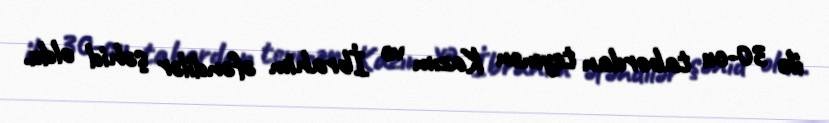
ilə 30-cu tabordan teymən Kazım və İbrahim əfəndilər şəhid oldu.